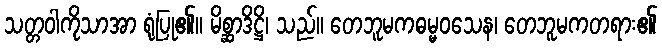
သတ္တဝါကိုသာအာ ရုံပြု၏။ မိစ္ဆာဒိဋ္ဌိ၊ သည်။ တေဘူမကဓမ္မဝသေန၊ တေဘူမကတရား၏